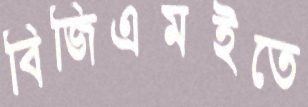
বিজিএমইতে